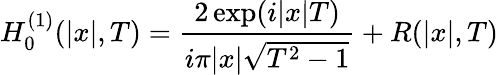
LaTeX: H_{0}^{(1)}(\lvert x\rvert,T)=\frac{2\exp(i\lvert x\rvert T)}{i\pi\lvert x\rvert\sqrt{T^{2}-1}}+R(\lvert x\rvert,T)